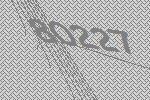
80227